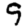
Digit: 9